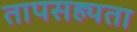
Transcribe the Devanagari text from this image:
तापसह्यता